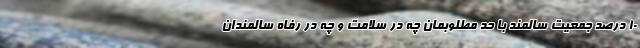
۱۰ درصد جمعیت سالمند با حد مطلوبمان چه در سلامت و چه در رفاه سالمندان